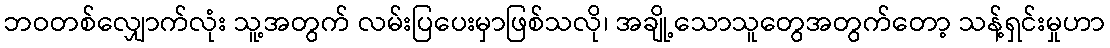
ဘဝတစ်လျှောက်လုံး သူ့အတွက် လမ်းပြပေးမှာဖြစ်သလို၊ အချို့သောသူတွေအတွက်တော့ သန့်ရှင်းမှုဟာ